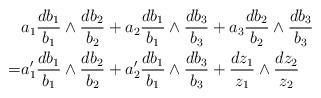
LaTeX: \begin{align*} & a_1 \frac{d b_1}{b_1} \wedge \frac{d b_2}{b_2}+a_2 \frac{d b_1}{b_1} \wedge \frac{d b_3}{b_3}+a_3 \frac{d b_2}{b_2} \wedge \frac{d b_3}{b_3}\\=& a_1' \frac{d b_1}{b_1} \wedge \frac{d b_2}{b_2}+a_2' \frac{d b_1}{b_1} \wedge \frac{d b_3}{b_3}+ \frac{d z_1}{z_1}\wedge \frac{d z_2}{z_2}\end{align*}